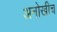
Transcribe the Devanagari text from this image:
अनोखीच